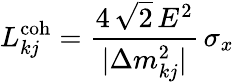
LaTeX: L_{kj}^{\mathrm{coh}}=\frac{4\, \sqrt{2}\, E^{2}}{|\Delta{m}_{kj}^{2}|}\, \sigma_{x}